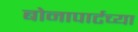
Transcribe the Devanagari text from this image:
बोनापार्टच्या